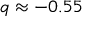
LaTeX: q \approx - 0 . 5 5